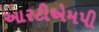
આરટીએમપી